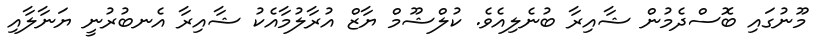
މޫނުގައި ބޮސްދެމުން ޝާއިރާ ބުނެލިއެވެ. ކުލްޝޫމް ޔާޒް އުރާލުމާއެކު ޝާއިރާ އެނބުރުނީ ޔަނާލާއި